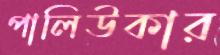
পালিউকার